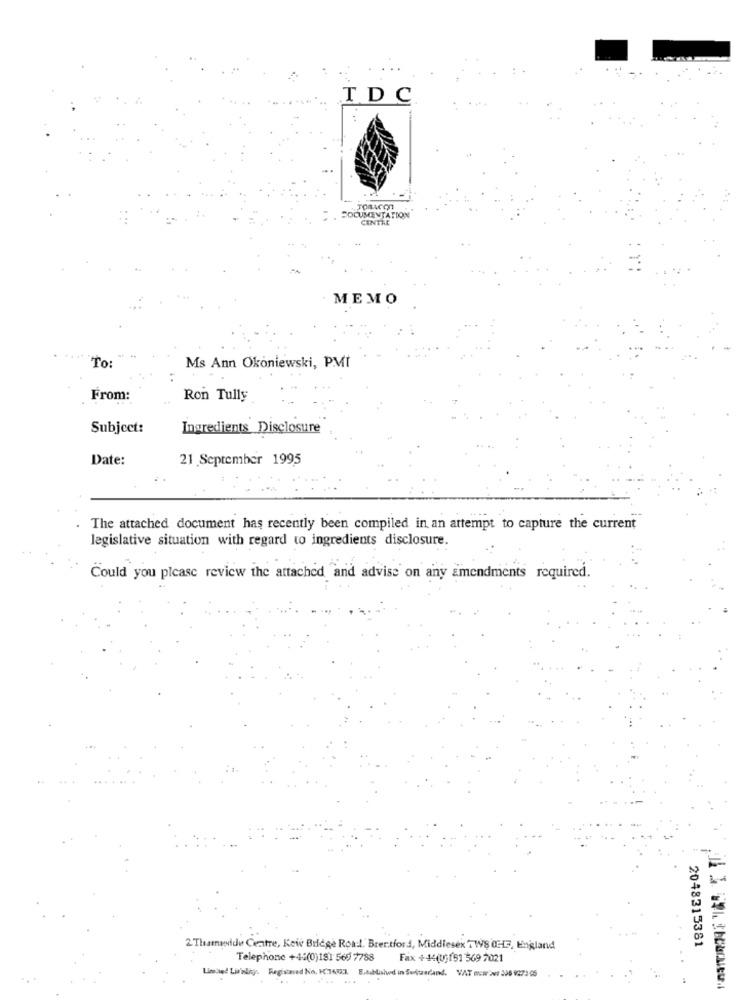
TDC
TOBACCO
DOCUMENTATION
CENTRE
MEMO
To:
Ms Ann Okoniewski, PMI
From:
Ron Tully
Subject:
Ingredients Disclosure
Date:
21 September 1995
The attached document has recently been compiled in an attempt to capture the current
legislative situation with regard to ingredients disclosure.
Could you please review the attached and advise on any amendments required.
2048315381
2 Thamevidu Centre, Kew Bridge Road. Brentford, Middlesex'T WS (HF, England
Telephone +4:(0)181 569 7788
Fax +44(0)151 569 7021
Limited Lining. Registered No. 176723 E.dublished in Switzerland. VAT NEwow 508 927266